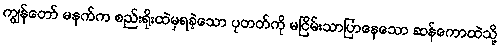
ကျွန်တော် မနက်က စည်းရိုးထဲမှရခဲ့သော ပုတတ်ကို မငြိမ်းသာပြာနေသော ဆန်ကောထဲသို့